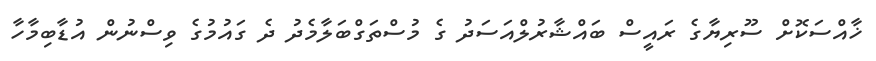
ޚާއްސަކޮށް ސޫރިޔާގެ ރައީސް ބައްޝާރުލްއަސަދު ގެ މުސްތަގްބަލާމެދު ދެ ގައުމުގެ ވިސްނުން އުޑާބިމާހާ